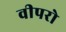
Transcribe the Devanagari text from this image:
वीपरो